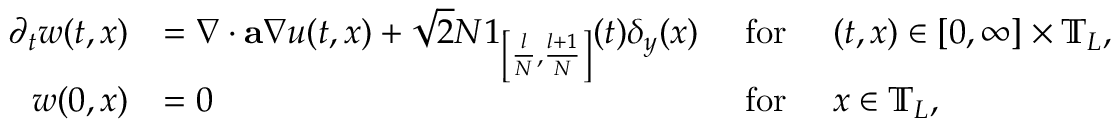
\begin{array} { r l r l } { \partial _ { t } w ( t , x ) } & { = \nabla \cdot \mathbf { a } \nabla u ( t , x ) + \sqrt { 2 } N { \boldsymbol { 1 } } _ { \left[ \frac { l } { N } , \frac { l + 1 } { N } \right] } ( t ) \delta _ { y } ( x ) } & { ~ \mathrm { f o r } ~ } & { ( t , x ) \in [ 0 , \infty ] \times \mathbb { T } _ { L } , } \\ { w ( 0 , x ) } & { = 0 } & { ~ \mathrm { f o r } ~ } & { x \in \mathbb { T } _ { L } , } \end{array}